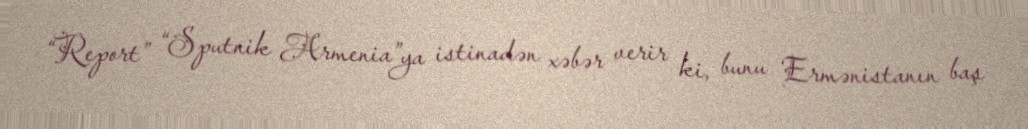
“Report” “Sputnik Armenia”ya istinadən xəbər verir ki, bunu Ermənistanın baş